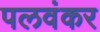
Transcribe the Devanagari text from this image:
पलवंकर